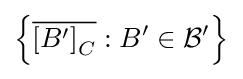
\left\{{\overline {\left[B^{\prime }\right]_{C}}}:B^{\prime }\in {\mathcal {B}}^{\prime }\right\}